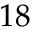
1 8